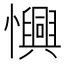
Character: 𢤽